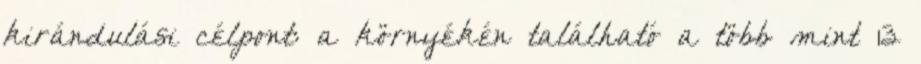
kirándulási célpont: a környékén található a több mint 13